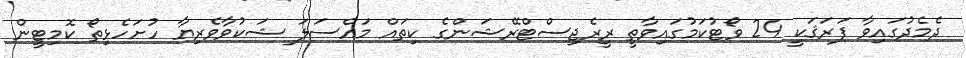
ދެމެދުގައިވާ ފަރަޤަކީ 24 ވޯޓުކަމުގައިވާތީ ރީރެޖިސްޓްރޭޝަންގެ ކިތައް މައްސަލަ ޝަކުވާވެރިޔާ ހުށަހެޅިތޯ ކޮމިޓީން